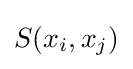
S(x_{i},x_{j})